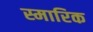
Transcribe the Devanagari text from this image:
स्मारिक